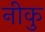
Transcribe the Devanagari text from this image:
नीकु